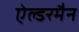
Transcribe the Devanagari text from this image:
ऐल्डरमैन